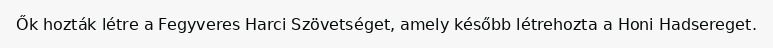
Ők hozták létre a Fegyveres Harci Szövetséget, amely később létrehozta a Honi Hadsereget.